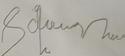
Signature authenticity: forged